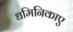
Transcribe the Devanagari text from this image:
धमिनिकाए